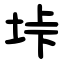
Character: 垰